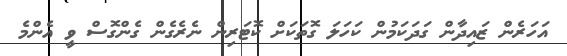
އަހަރެން ޒައިދާން ގަދަކަމުން ކަހަލަ ގޮތަކަށް ކޮޓަރިން ނެރެގެން ގެންގޮސް ވީ އެންމެ